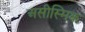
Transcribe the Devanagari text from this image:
असीस्मिक